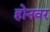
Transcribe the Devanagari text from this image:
होनवर